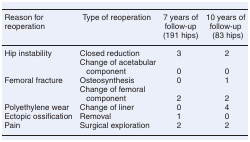
<table><thead><tr><td><b>Reason for reoperation</b></td><td><b>Type of reoperation</b></td><td><b>7 years of follow-up (191 hips)</b></td><td><b>10 years of follow-up (83 hips)</b></td></tr></thead><tbody><tr><td>Hip instability</td><td>Closed reduction</td><td>3</td><td>2</td></tr><tr><td></td><td>Change of acetabular component</td><td>0</td><td>0</td></tr><tr><td>Femoral fracture</td><td>Osteosynthesis</td><td>0</td><td>1</td></tr><tr><td></td><td>Change of femoral component</td><td>2</td><td>2</td></tr><tr><td>Polyethylene wear</td><td>Change of liner</td><td>0</td><td>4</td></tr><tr><td>Ectopic ossification</td><td>Removal</td><td>1</td><td>0</td></tr><tr><td>Pain</td><td>Surgical exploration</td><td>2</td><td>2</td></tr></tbody></table>